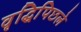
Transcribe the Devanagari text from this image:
वृद्धिपिछले